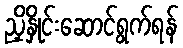
ညှိနှိုင်းဆောင်ရွက်ရန်